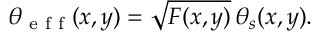
\theta _ { \textrm { e f f } } ( x , y ) = \sqrt { F ( x , y ) } \, \theta _ { s } ( x , y ) .